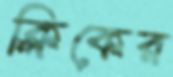
ক্লিকের